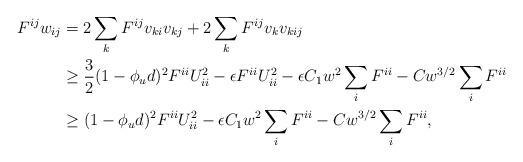
LaTeX: \begin{align*}\begin{aligned}F^{ij} w_{ij} & = 2 \sum_k F^{ij} v_{ki} v_{kj} + 2 \sum_k F^{ij} v_k v_{kij}\\& \geq \frac{3}{2} (1-\phi_u d)^2 F^{ii} U_{ii}^2 - \epsilon F^{ii}U_{ii}^2 - \epsilon C_1 w^2 \sum_i F^{ii} - Cw^{3/2}\sum_i F^{ii}\\& \geq (1-\phi_u d)^2 F^{ii} U_{ii}^2 - \epsilon C_1 w^2 \sum_i F^{ii} - Cw^{3/2}\sum_i F^{ii},\end{aligned}\end{align*}